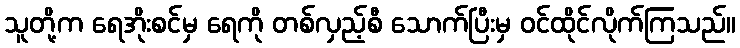
သူတို့က ရေအိုးစင်မှ ရေကို တစ်လှည့်စီ သောက်ပြီးမှ ဝင်ထိုင်လိုက်ကြသည်။